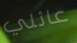
عائلي